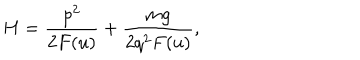
LaTeX: H = \frac { p ^ { 2 } } { 2 F ( u ) } + \frac { m g } { 2 q ^ { 2 } F ( u ) } ,